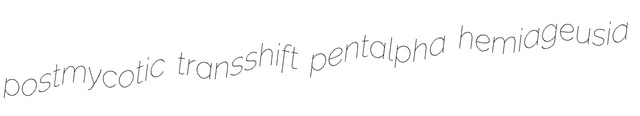
postmycotic transshift pentalpha hemiageusia